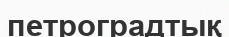
петроградтық